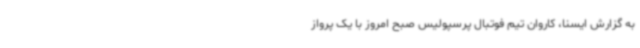
به گزارش ایسنا، کاروان تیم فوتبال پرسپولیس صبح امروز با یک پرواز